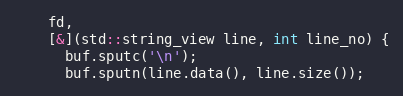
Language: C++
    fd,
    [&](std::string_view line, int line_no) {
      buf.sputc('\n');
      buf.sputn(line.data(), line.size());